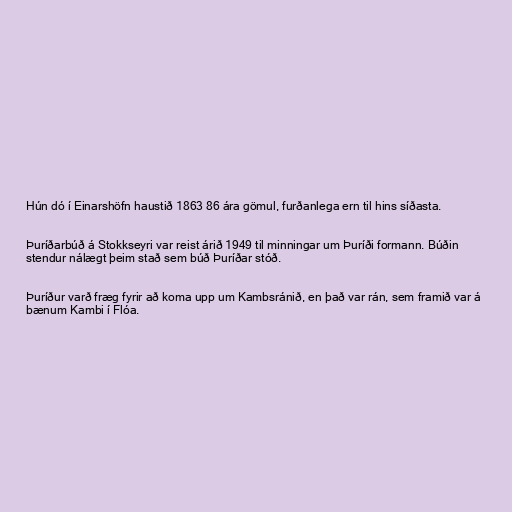
Hún dó í Einarshöfn haustið 1863 86 ára gömul, furðanlega ern til hins síðasta.

Þuríðarbúð á Stokkseyri var reist árið 1949 til minningar um Þuríði formann. Búðin
stendur nálægt þeim stað sem búð Þuríðar stóð.

Þuríður varð fræg fyrir að koma upp um Kambsránið, en það var rán, sem framið var á
bænum Kambi í Flóa.